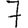
Digit: 7